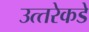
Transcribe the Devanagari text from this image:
उत्‍तरेकडे